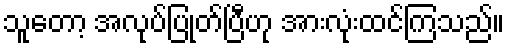
သူတော့ အလုပ်ပြုတ်ပြီဟု အားလုံးထင်ကြသည်။